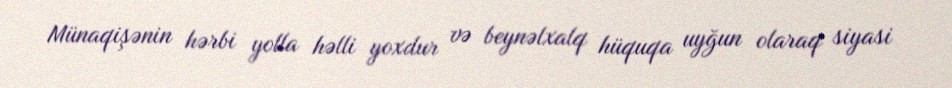
Münaqişənin hərbi yolla həlli yoxdur və beynəlxalq hüquqa uyğun olaraq siyasi